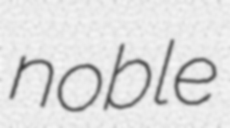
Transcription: noble